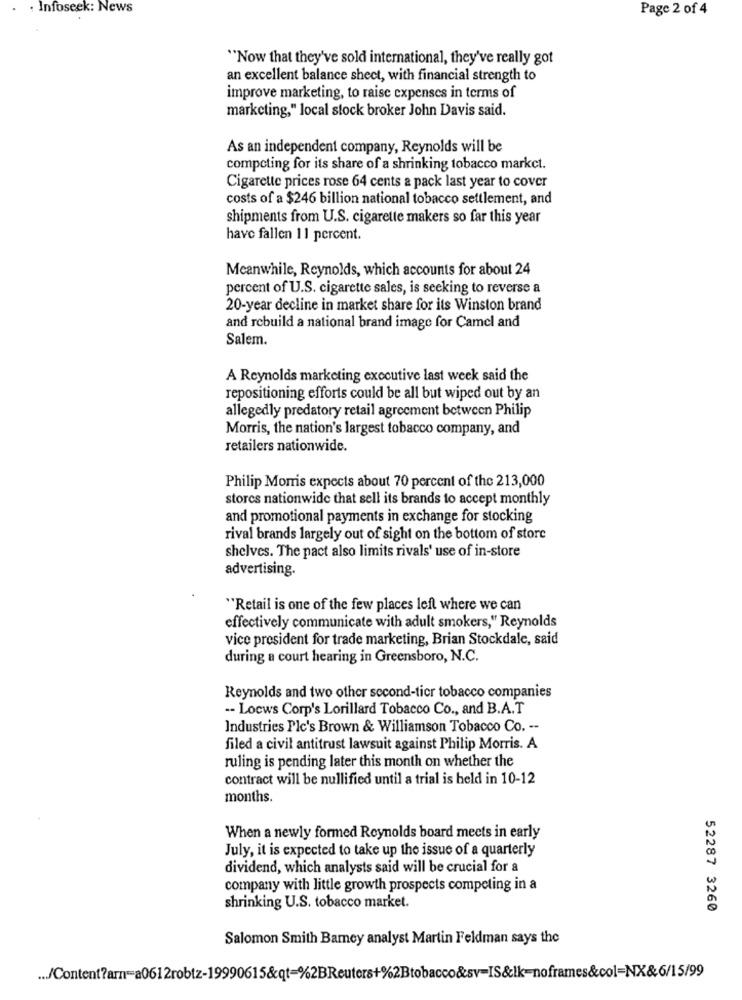
. . Infoseek: News
Page 2 of 4
"Now that they've sold international, they've really got
an excellent balance sheet, with financial strength to
improve marketing, to raise expenses in terms of
marketing," local stock broker John Davis said.
As an independent company, Reynolds will be
competing for its share of a shrinking tobacco market.
Cigarette prices rose 64 cents a pack last year to cover
costs of a $246 billion national tobacco settlement, and
shipments from U.S. cigarette makers so far this year
have fallen 11 percent.
Meanwhile, Reynolds, which accounts for about 24
percent of U.S. cigarette sales, is seeking to reverse a
20-year decline in market share for its Winston brand
and rebuild a national brand image for Camel and
Salem.
A Reynolds marketing executive last week said the
repositioning efforts could be all but wiped out by an
allegedly predatory retail agreement between Philip
Morris, the nation's largest tobacco company, and
retailers nationwide.
Philip Morris expects about 70 percent of the 213,000
stores nationwide that sell its brands to accept monthly
and promotional payments in exchange for stocking
rival brands largely out of sight on the bottom of store
shelves. The pact also limits rivals' use of in-store
advertising.
"Retail is one of the few places left where we can
effectively communicate with adult smokers," Reynolds
vice president for trade marketing, Brian Stockdale, said
during a court hearing in Greensboro, N.C.
Reynolds and two other second-tier tobacco companies
-- Locws Corp's Lorillard Tobacco Co ., and B.A.T
Industries Plc's Brown & Williamson Tobacco Co. --
filed a civil antitrust lawsuit against Philip Morris. A
ruling is pending later this month on whether the
contract will be nullified until a trial is held in 10-12
months.
When a newly formed Reynolds board meets in early
July, it is expected to take up the issue of a quarterly
dividend, which analysts said will be crucial for a
company with little growth prospects competing in a
shrinking U.S. tobacco market.
52287 3260
Salomon Smith Bamey analyst Martin Feldman says the
... /Content?arn=a0612robtz-19990615&qt=%2BReuters+%2Btobacco&sv=IS&Ik-noframes&col=NX&6/15/99